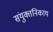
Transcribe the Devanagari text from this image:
संयुक्तनिकाय